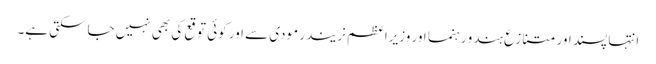
انتہا پسند اور متنازع ہندو رہنما اور وزیراعظم نریندر مودی سے اور کوئی توقع کی بھی نہیں جاسکتی ہے۔